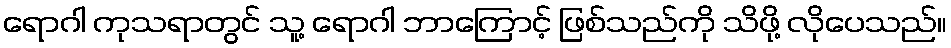
ရောဂါ ကုသရာတွင် သူ့ ရောဂါ ဘာကြောင့် ဖြစ်သည်ကို သိဖို့ လိုပေသည်။